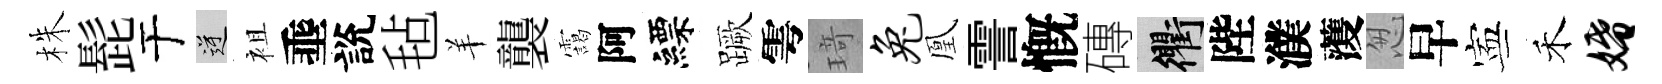
株髭于逆袓埀說毡羊襲靄阿縹蹶雩𤦺兔凰霅慨磚衢陛濮𮑮怱早寕禾婚